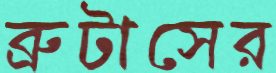
ব্রুটাসের